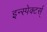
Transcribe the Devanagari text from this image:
इन्स्पेक्टर्स्